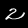
Label: 2